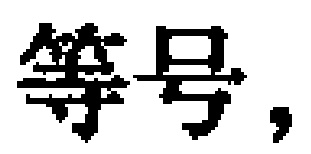
等号,